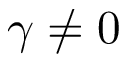
\gamma \neq 0